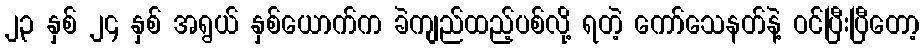
၂၃ နှစ် ၂၄ နှစ် အရွယ် နှစ်ယောက်က ခဲကျည်ထည့်ပစ်လို့ ရတဲ့ ကော်သေနတ်နဲ့ ဝင်ပြီးပြီတော့